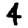
Digit: 4